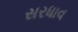
સરધાવ